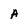
Character: A